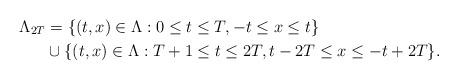
LaTeX: \begin{align*}\Lambda_{2T} &= \{ (t, x) \in \Lambda : 0 \leq t \leq T, -t \leq x \leq t \}\\& \cup \{(t, x) \in \Lambda : T+1 \leq t \leq 2T, t-2T \leq x \leq -t+2T \}.\end{align*}